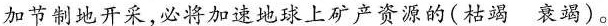
加节制地开采，必将加速地球上矿产资源的(枯竭 衰竭)。